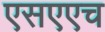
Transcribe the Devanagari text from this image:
एसएएच